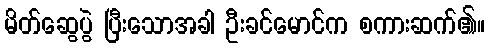
မိတ်ဆွေပွဲ ပြီးသောအခါ ဦးခင်မောင်က စကားဆက်၏။